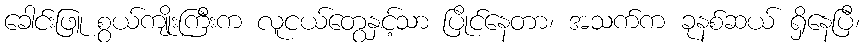
ခေါင်းဖြူ စွယ်ကျိုးကြီးက လူငယ်တွေနှင့်သာ ပြိုင်နေတာ၊ အသက်က ခုနစ်ဆယ် ရှိနေပြီ၊